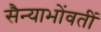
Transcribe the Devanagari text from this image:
सैन्याभोंवतीं